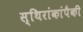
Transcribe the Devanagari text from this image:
स्थिरांकांपैकी